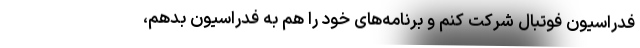
فدراسیون فوتبال شرکت کنم و برنامه‌های خود را هم به فدراسیون بدهم،